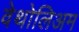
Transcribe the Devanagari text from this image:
वेथोलिअम